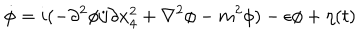
\dot { \phi } = i ( - \partial ^ { 2 } \phi / \partial x _ { 4 } ^ { 2 } + \nabla ^ { 2 } \phi - m ^ { 2 } \phi ) - \epsilon \phi + \eta ( t )